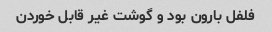
فلفل بارون بود و گوشت غیر قابل خوردن